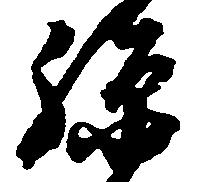
孫